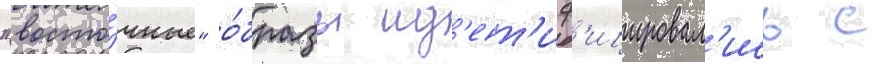
"восто́чные" о́бразы ид'ент'иф'ицировал'ись с